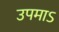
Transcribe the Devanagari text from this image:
उपमाऽ